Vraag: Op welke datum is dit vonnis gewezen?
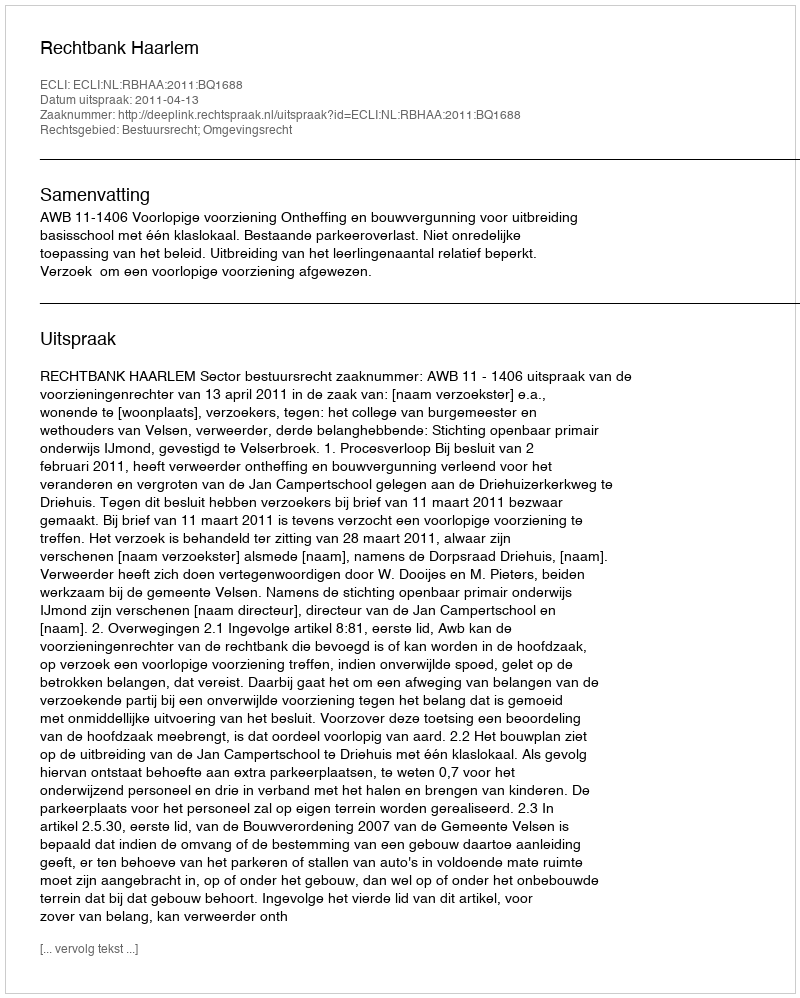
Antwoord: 2011-04-13